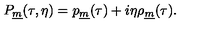
P _ { \underline { m } } ( \tau , \eta ) = p _ { \underline { m } } ( \tau ) + i \eta \rho _ { \underline { m } } ( \tau ) .